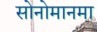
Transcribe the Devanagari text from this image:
सोनोमानमा